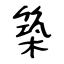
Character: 築